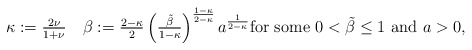
\begin{align*}\kappa := \tfrac{2 \nu}{1 + \nu}\quad\beta :=\tfrac{2 - \kappa}{2}\left(\tfrac{\tilde\beta}{1 - \kappa} \right)^{\frac{1 - \kappa}{2 - \kappa}}a^{\frac{1}{2 - \kappa}}\text{for some $0 < \tilde\beta \leq 1$ and $a > 0$,}\end{align*}